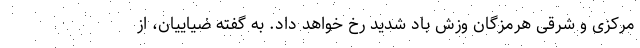
مرکزی و شرقی هرمزگان وزش باد شدید رخ خواهد داد. به گفته ضیاییان، از